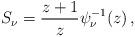
LaTeX: \begin{align*}S_\nu = \frac{z+1}{z} \psi_\nu^{-1}(z) \,,\end{align*}